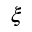
\xi